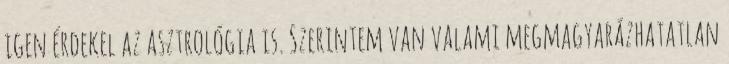
igen érdekel az asztrológia is. Szerintem van valami megmagyarázhatatlan